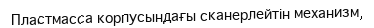
Пластмасса корпусындағы сканерлейтін механизм,